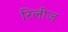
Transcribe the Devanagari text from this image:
रिलीज